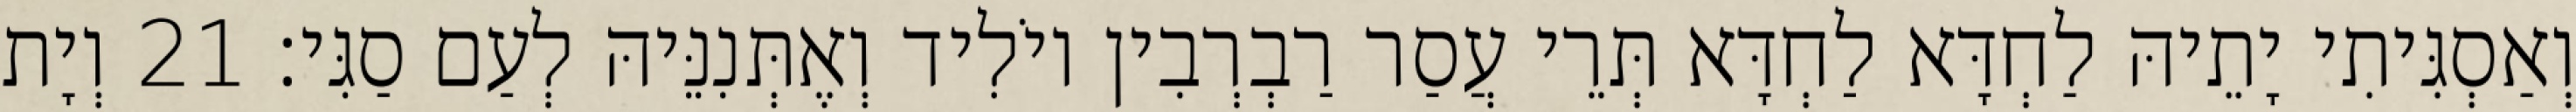
וְאַסְגִּיתִי יָתֵיהּ לַחְדָּא לַחְדָּא תְּרֵי עֲסַר רַבְרְבִין יוֹלִיד וְאֶתְּנִנֵּיהּ לְעַם סַגִּי׃ 21 וְיָת